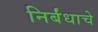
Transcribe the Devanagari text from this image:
निर्बंधाचे